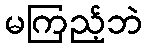
မကြည့်ဘဲ